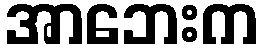
အာဘေးက